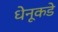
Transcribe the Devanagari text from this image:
धेनूकडे